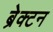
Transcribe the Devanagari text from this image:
ब्रेक्टन